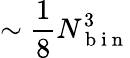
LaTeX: \sim\frac{1}{8}N_{\mathrm{~b~i~n~}}^{3}